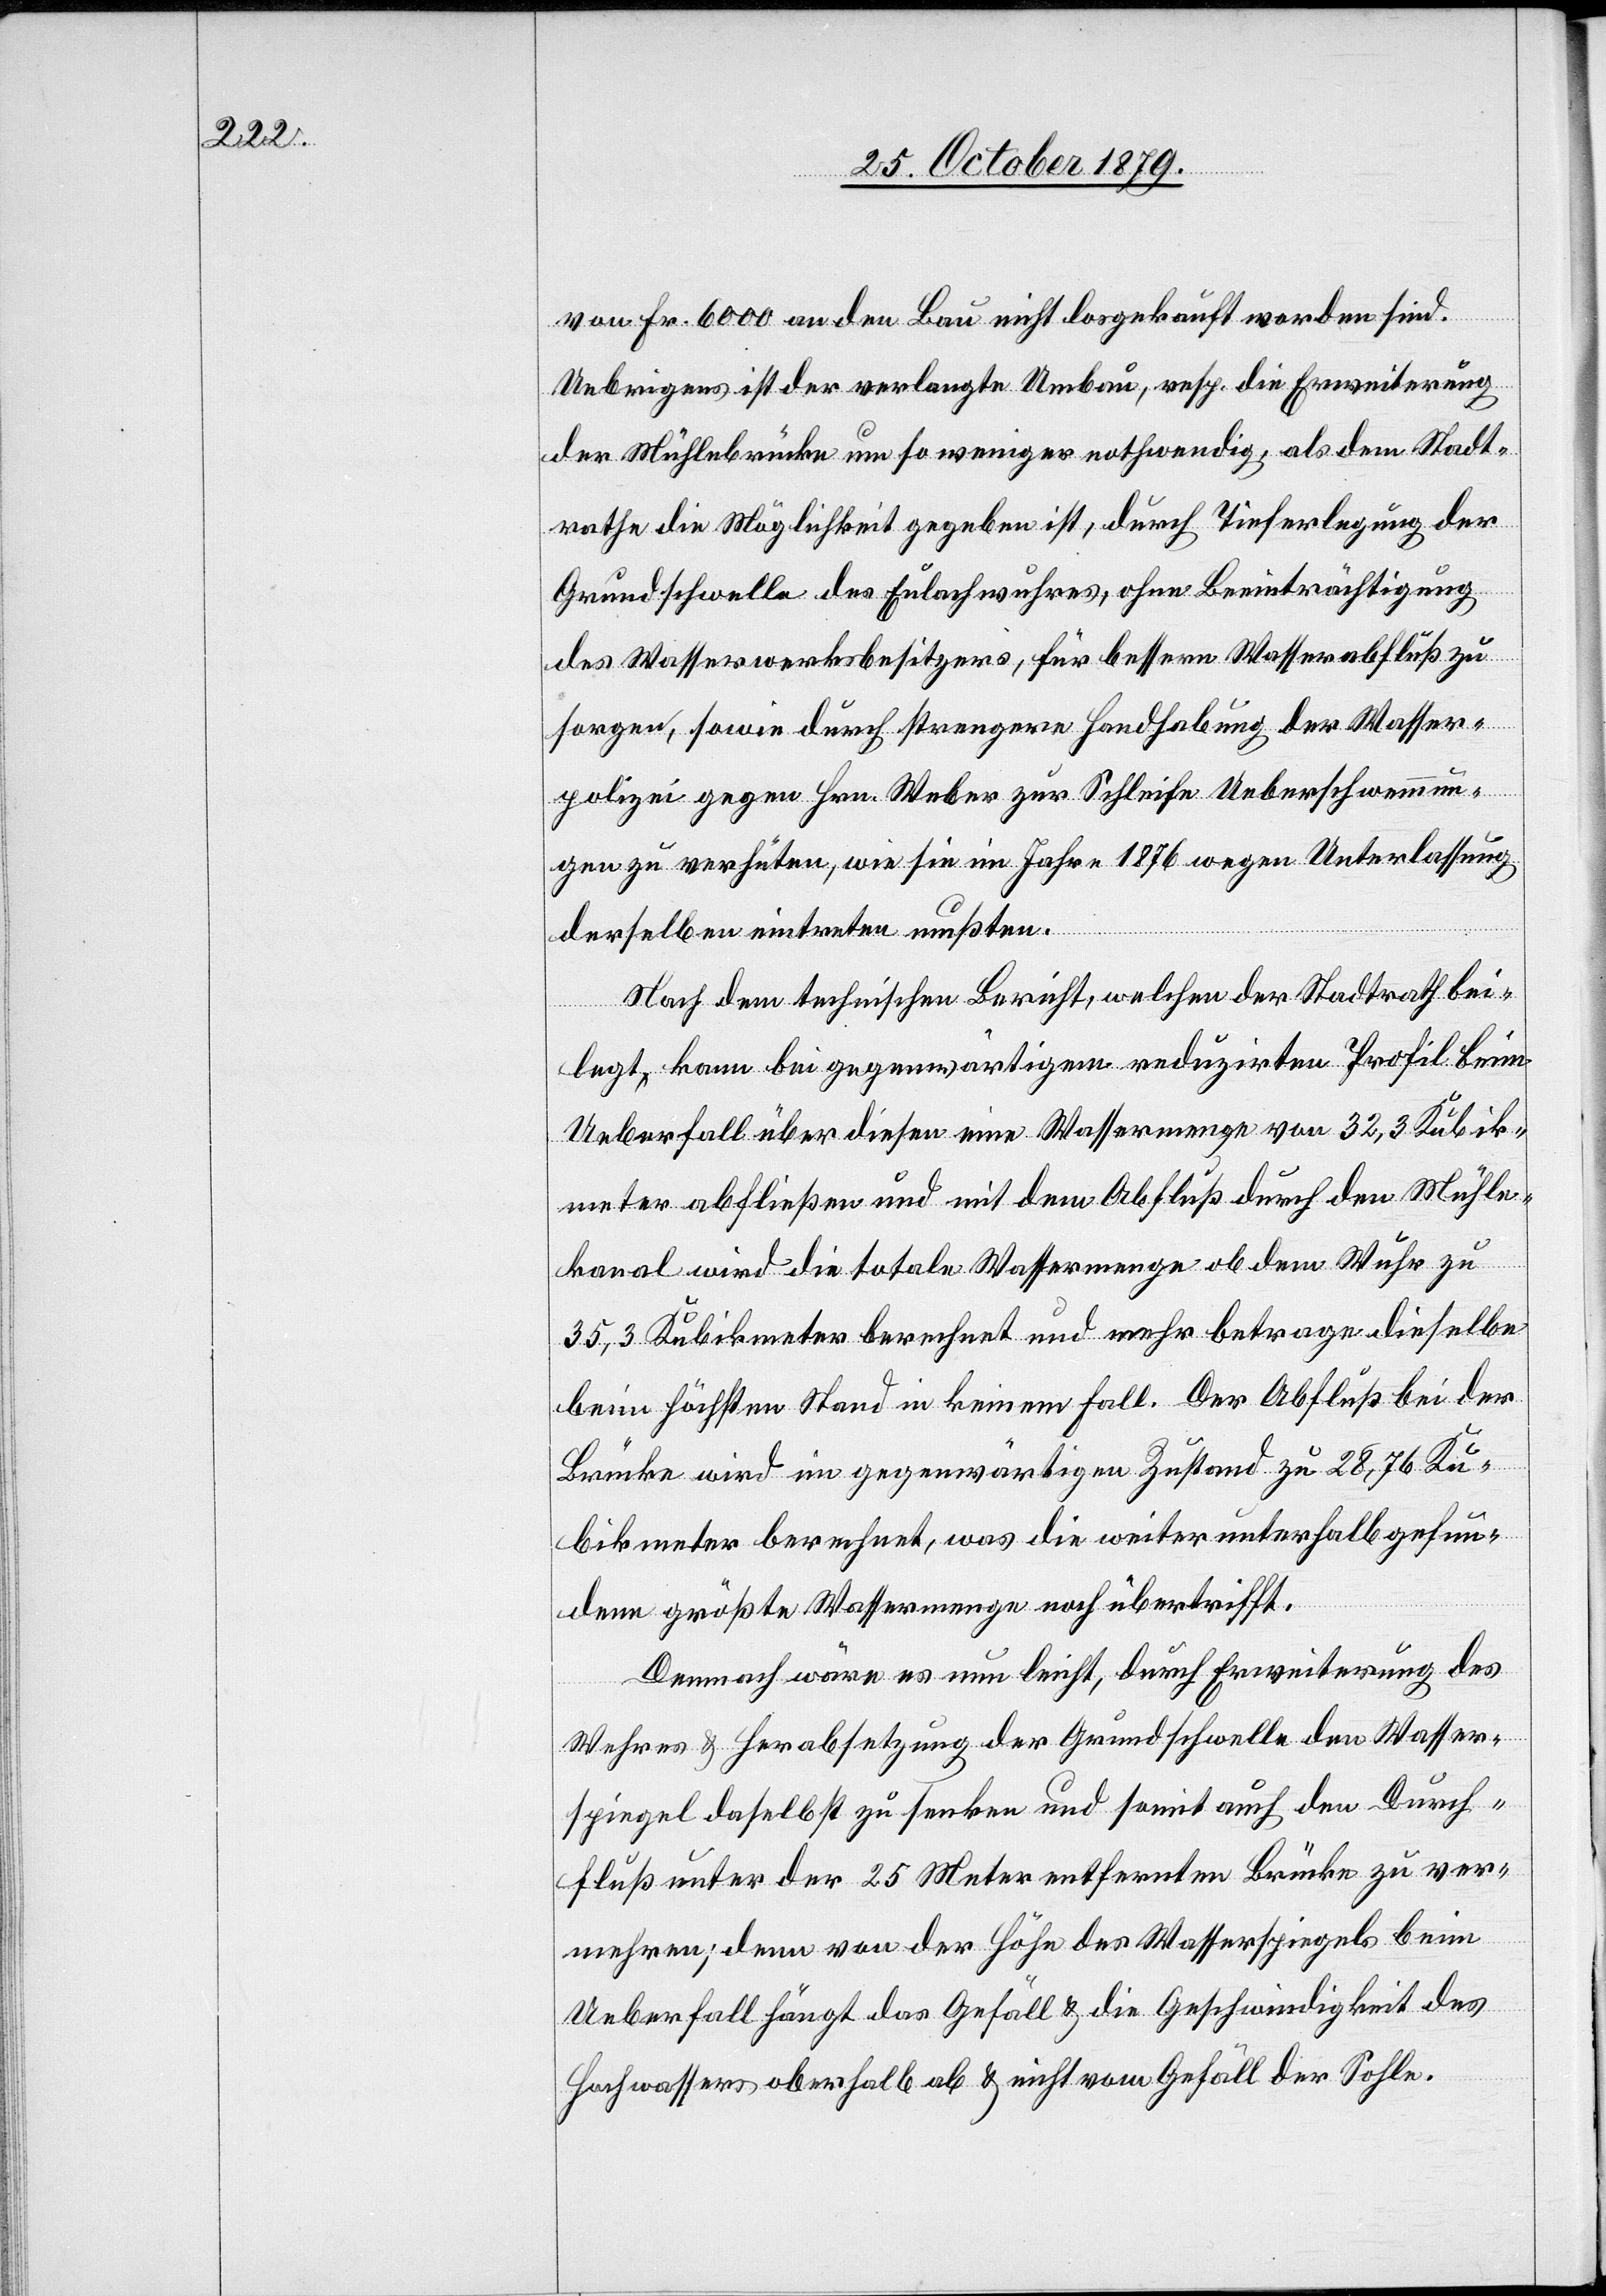
den
von Fr. 6000 an den Bau nicht losgekauft worden sind.
Uebrigens ist der verlangte Umbau, resp. die Erweiterung
der Mühlebrücke umso weniger nothwendig, als dem Stadt¬
rathe die Möglichkeit gegeben ist, durch Tieferlegung der
Grund-Schwelle des Eulachwuhres, ohne Beeinträchtigung
des Wasserwerksbesitzers, für bessern Wasserabfluß zu
sorgen, sowie durch strengere Handhabung der Wasser¬
polizei gegen Hrn. Weber zur Schleife Ueberschwemmun¬
gen zu verhüten, wie sie im Jahr 1876 wegen Unterlassung
derselben eintreten mußten.
Nach dem technischen Bericht, welchen der Stadtrath bei¬
senken und
legt, kann bei gegenwärtigem reduzirten Profil beim
Ueberfall über diesen eine Wassermenge von 32,3 Kubik¬
meter abfließen und mit dem Abfluß durch den Mühle¬
kanal wird die totale Wassermenge ob dem Wuhr zu
35,3 Kubikmeter berechnet und mehr betrage dieselbe
beim höchsten Stand in keinem Fall. Der Abfluß bei der
Brücke wird im gegenwärtigen Zustand zu 28,76 Ku¬
bikmeter berechnet, was die weiter unterhalb gefun¬
dene größte Wassermenge noch übertrifft.
Demnach wäre es nun leicht, durch Erweiterung des
Durc¬
ers & Herabsetzung der Grundschwelle den Wasser¬
hfluß unter der 25 Meter entfernten Brücke zu ver¬
mehren; denn von der Höhe des Wasserspiegels beim
Ueberfall hängt das Gefäll & die Geschwindigkeit des
Hochwassers oberhalb ab & nicht vom Gefäll der Sohle.